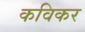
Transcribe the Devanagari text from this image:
कविकर